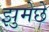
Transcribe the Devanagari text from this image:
झुमेछे